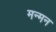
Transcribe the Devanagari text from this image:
मन्मन